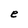
Character: e